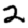
Digit: 2